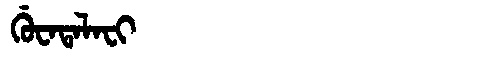
Manchu: ᡤᡠᠸᠠᡨᠠᠯᠠᠸᡳ
Romanization: GUWATALAFI